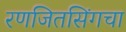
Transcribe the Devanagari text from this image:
रणजितसिंगचा